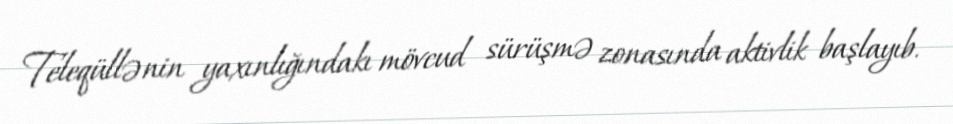
Teleqüllənin yaxınlığındakı mövcud sürüşmə zonasında aktivlik başlayıb.